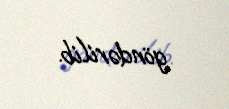
göndərilib.